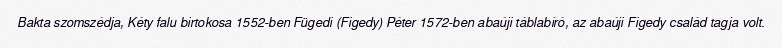
Bakta szomszédja, Kéty falu birtokosa 1552-ben Fügedi (Figedy) Péter 1572-ben abaúji táblabíró, az abaúji Figedy család tagja volt.